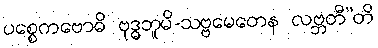
ပစ္စေကဗောဓိ ဗုဒ္ဓဘူမိ-သဗ္ဗမေတေန လဗ္ဘတီ”တိ